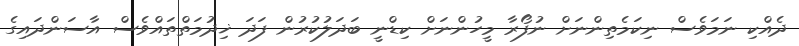
ދެއްކި ނަމަވެސް ނިކަމެތިންނަށް ނުފޯރާ މީހުންނަށް ކިޑްނީ ބަދަލުުކުުރުން ފަދަ ޚިދުމަތްތައްވެސް އާސަންދައިގެ